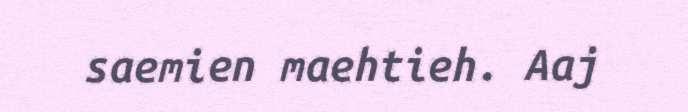
saemien maehtieh. Aaj